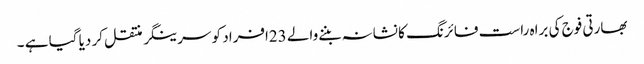
بھارتی فوج کی براہ راست فائرنگ کا نشانہ بننےوالے 23افراد کو سرینگر منتقل کر دیا گیا ہے ۔